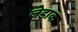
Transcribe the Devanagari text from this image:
जेडाक